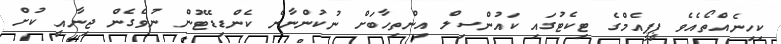
ކިހިނެއްތޯއެވެ ޕީޕީއެމްގެ ޓިކެޓުގައި ކައުންސިލް އިންތިހާބަށް ނުކުންނާނެ ކެންޑިޑޭޓުން ނުވެގެން ޖިނާއީ ކުށް